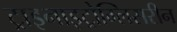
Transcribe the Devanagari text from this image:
ट्राइनाइट्रोग्लिसरीन